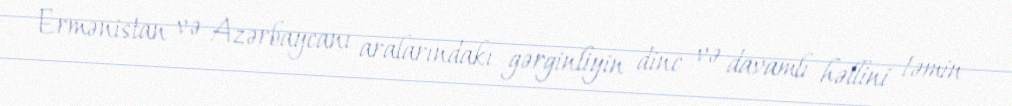
Ermənistan və Azərbaycanı aralarındakı gərginliyin dinc və davamlı həllini təmin